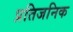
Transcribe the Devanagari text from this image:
प्रतिजनिक